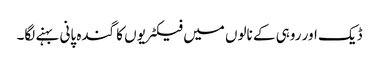
ڈیک اور روہی کے نالوں میں فیکٹریوں کا گندہ پانی بہنے لگا۔